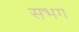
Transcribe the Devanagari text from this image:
सभग